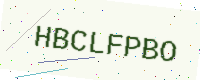
Text: HBCLFPBO